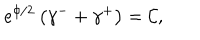
e ^ { \phi / 2 } \left( \gamma ^ { - } + \gamma ^ { + } \right) = \mathcal { C } ,